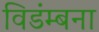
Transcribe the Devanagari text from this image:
विडंम्बना